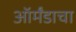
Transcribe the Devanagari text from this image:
ऑर्मंडाचा